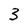
Character: 3